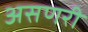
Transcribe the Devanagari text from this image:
असणरी